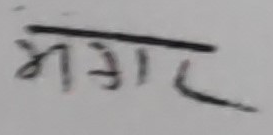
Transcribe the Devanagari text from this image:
मगर